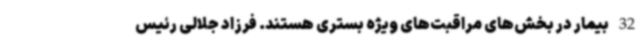
32 بیمار در بخش‌های مراقبت‌های ویژه بستری هستند. فرزاد جلالی رئیس